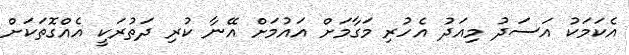
އެކަމަކު އަސަދު މިއަދު އެހުރި މަގާމަށް އައުމަށް އޭނާ ކުރި ދަތުރަކީ އެއްގޮތަކަށް